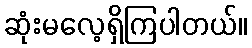
ဆုံးမလေ့ရှိကြပါတယ်။